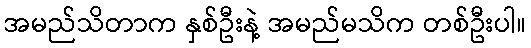
အမည်သိတာက နှစ်ဦးနဲ့ အမည်မသိက တစ်ဦးပါ။